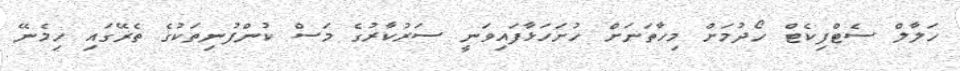
ހަލާލް ސެޓްފިކެޓް ހޯދުމަށް މިހާތަނަށް ހުށަހަޅާފައިވަނީ ސަރުކާރުގެ މަސް ކުންފުނިތަކުގެ ތެޜޭގައި ހިމެނޭ